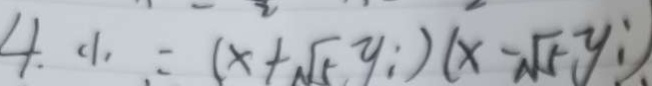
4 . ( 1 ) = ( x + \sqrt { 5 } y _ { i } ) ( x - \sqrt { 5 } y _ { i } )